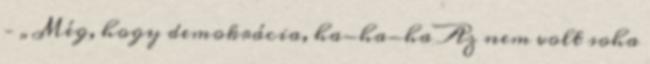
– „Még, hogy demokrácia, ha-ha-ha Az nem volt soha